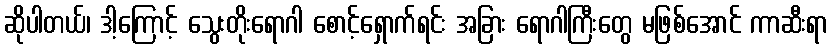
ဆိုပါတယ်၊ ဒါ့ကြောင့် သွေးတိုးရောဂါ စောင့်ရှောက်ရင်း အခြား ရောဂါကြီးတွေ မဖြစ်အောင် ကာဆီးရာ